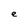
Character: e